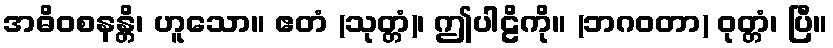
အဓိဝစနန္တိ၊ ဟူသော။ ဧတံ (သုတ္တံ)၊ ဤပါဠိကို။ (ဘဂဝတာ) ဝုတ္တံ၊ ပြီ။